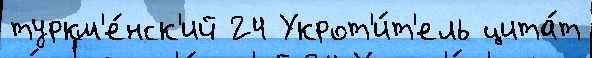
туркм'е́нск'ий 24 Укрот'и́т'ель цита́т